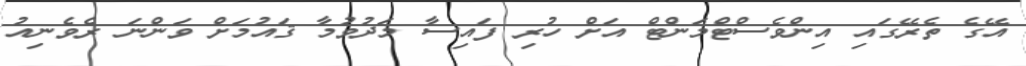
އޭގެ ތެރޭގައި އިންވެސްޓްމަންޓް އަށް ހުރި ފައިސާ މަދުވުމާ ޤައުމަށް ވަންނަ ރެވެނިއު